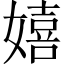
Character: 嬉